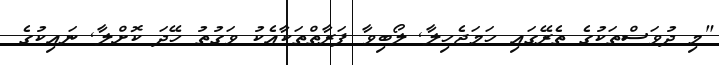
"މި ދުވަސްތަކުގެ ތެރޭގައި ހަމަޖެހިލާ